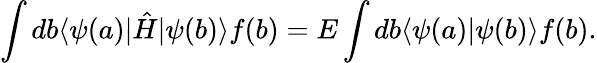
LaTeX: \int db\langle\psi(a)|\hat{H}|\psi(b)\rangle f(b)=E\int db\langle\psi(a)|\psi(b)\rangle f(b).